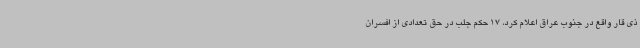
ذی قار واقع در جنوب عراق اعلام کرد، 17 حکم جلب در حق تعدادی از افسران